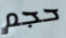
حجم